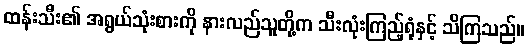
ထန်းသီး၏ အရွယ်သုံးစားကို နားလည်သူတို့က သီးလုံးကြည့်ရုံနှင့် သိကြသည်။